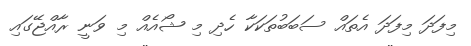
މިފަދަ މިފަދަ އެތައް ސަބަބުތަކަކާ ހެދި މި ޝޯއެއް މި ވަނީ ރާއްޖޭގައި